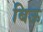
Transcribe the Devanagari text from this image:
बिऊ